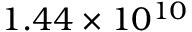
1 . 4 4 \times 1 0 ^ { 1 0 }